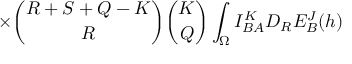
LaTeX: \times { \binom { R + S + Q - K } { R } } { \binom { K } { Q } } \int _ { \Omega } I _ { B A } ^ { K } D _ { R } E _ { B } ^ { J } ( h )